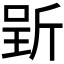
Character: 𱡩